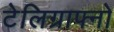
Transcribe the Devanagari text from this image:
टेलिग्राफ्नो